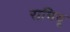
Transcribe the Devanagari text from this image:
रामियू